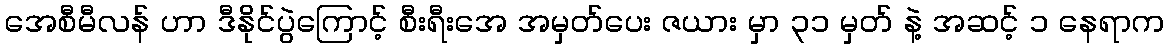
အေစီမီလန် ဟာ ဒီနိုင်ပွဲကြောင့် စီးရီးအေ အမှတ်ပေး ဇယား မှာ ၃၁ မှတ် နဲ့ အဆင့် ၁ နေရာက